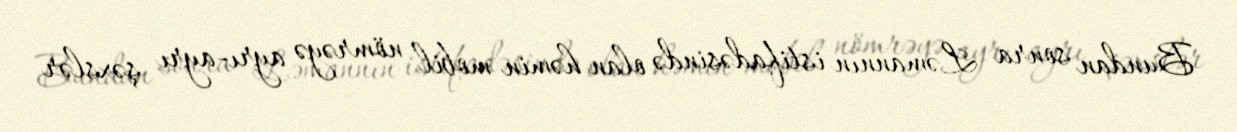
Bundan sonra Ləmannın istifadəsində olan həmin mobil nömrəyə ayrı-ayrı şəxslər